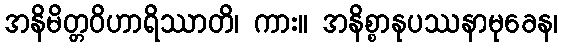
အနိမိတ္တဝိဟာရိဿာတိ၊ ကား။ အနိစ္စာနုပဿနာမုခေန၊